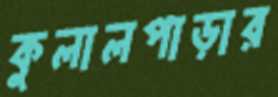
কুলালপাড়ার